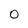
Character: 0